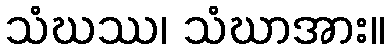
သံဃဿ၊ သံဃာအား။